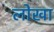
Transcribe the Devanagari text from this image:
लोखा